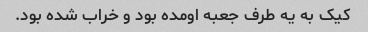
کیک به یه طرف جعبه اومده بود و خراب شده بود.